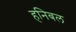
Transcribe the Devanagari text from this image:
हनिबल